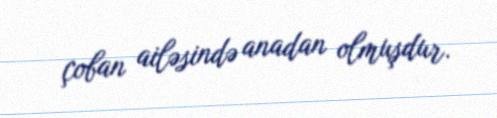
çoban ailəsində anadan olmuşdur.